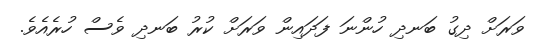
ވަރަށް ދިގު ބަނދި ހުންނަ ފަދައިން ވަރަށް ކުރު ބަނދި ވެސް ހުރެއެވެ.